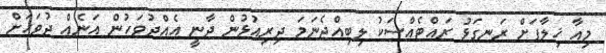
މިއާ ޚިލާފަށް ރަނގަޅު ރައްޓެއްސަކު ލިބިއްޖެނަމަ ދިރިއުޅުން ދާނީ އެއްދުވަހުން އަނެއް ދުވަހަށް